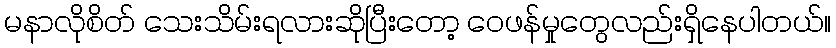
မနာလိုစိတ် သေးသိမ်းရလားဆိုပြီးတော့ ဝေဖန်မှုတွေလည်းရှိနေပါတယ်။